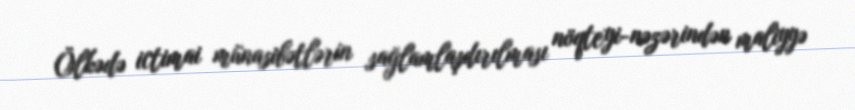
Ölkədə ictimai münasibətlərin sağlamlaşdırılması nöqteyi-nəzərindən maliyyə